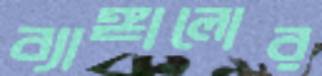
ব্যাঙ্গালোর